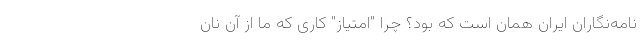
نامه‌نگاران ایران همان است که بود؟ چرا "امتیاز" کاری که ما از آن نان